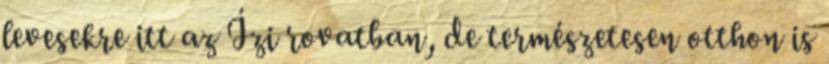
levesekre itt az Ízi rovatban, de természetesen otthon is